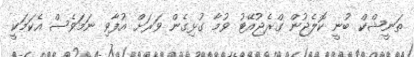
ތަނީޝްކް ބުނީ ކޮލެޖުން ގްރެޖުއޭޓު ވުމާ ގުޅިގެން ވަރަށް އުފާވި ނަމަވެސް އެކަމަކީ